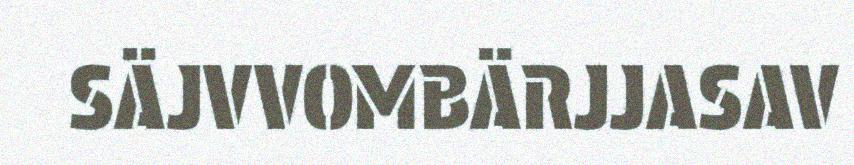
SÄJVVOMBÄRJJASAV